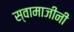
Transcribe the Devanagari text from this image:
स्वामाजीनी